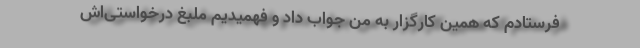
فرستادم که همین کارگزار به من جواب داد و فهمیدیم ملبغ درخواستی‌اش